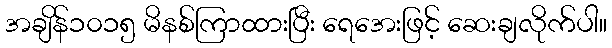
အချိန်၁၀၁၅ မိနစ်ကြာထားပြီး ရေအေးဖြင့် ဆေးချလိုက်ပါ။